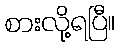
စားလို့ရပြီ။